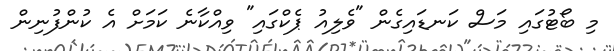
މި ބޯޓުގައި މަސް ކަނޑައިގެން "ވެލިއު ޕެކްގައި" ވިއްކާނެ ކަމަށް އެ ކުންފުނިން